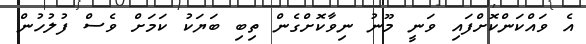
އެ ވައްކަންކޮށްފައި ވަނީ މޫނު ނިވާކޮށްގެން ތިބި ބަޔަކު ކަމަށް ވެސް ފުލުހުން